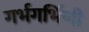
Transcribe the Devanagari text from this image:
गर्भगर्भिणी